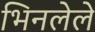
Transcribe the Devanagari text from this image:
भिनलेले